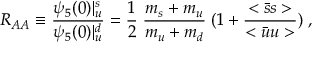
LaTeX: R _ { A A } \equiv \frac { \psi _ { 5 } ( 0 ) | _ { u } ^ { s } } { \psi _ { 5 } ( 0 ) | _ { u } ^ { d } } = \frac { 1 } { 2 } \; \frac { m _ { s } + m _ { u } } { m _ { u } + m _ { d } } \; ( 1 + \frac { < \bar { s } s > } { < \bar { u } u > } ) \; ,